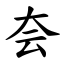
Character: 夽